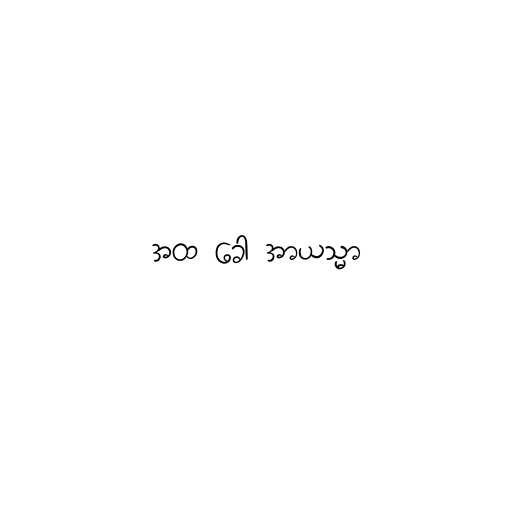
အထ ခေါ အာယသ္မာ